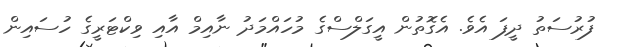
ފުރުސަތު ދީފަ އެވެ. އެގޮތުން އީގަލްސްގެ މުހައްމަދު ނާއިމް އާއި ވިކްޓަރީގެ ހުސައިން